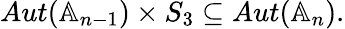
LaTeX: \begin{array}{r}{Aut(\mathbb{A}_{n-1})\times S_{3}\subseteq Aut(\mathbb{A}_{n}).}\end{array}